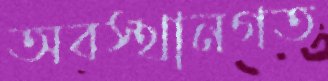
অবস্থানগত